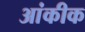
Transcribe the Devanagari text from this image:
आंकीक